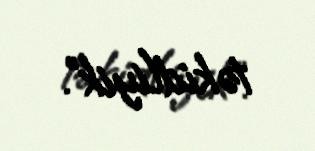
təkidliyik”.